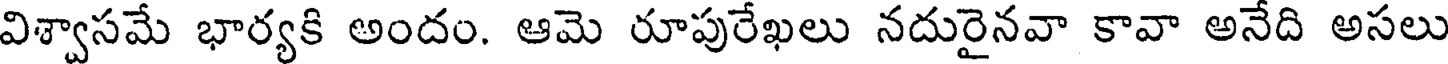
విశ్వాసమే భార్యకి అందం. ఆమె రూపురేఖలు నదురైనవా కావా అనేది అసలు